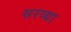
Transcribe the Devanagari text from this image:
सरव्या